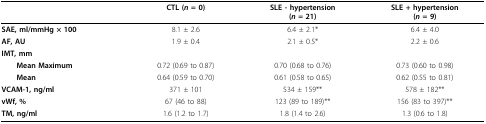
<table><thead><tr><td></td><td><b>CTL (<i>n </i>= 0)</b></td><td><b>SLE - hypertension(<i>n </i>= 21)</b></td><td><b>SLE + hypertension(<i>n </i>= 9)</b></td></tr></thead><tbody><tr><td><b>SAE, ml/mmHg × 100</b></td><td>8.1 ± 2.6</td><td>6.4 ± 2.1*</td><td>6.4 ± 4.0</td></tr><tr><td><b>AF, AU</b></td><td>1.9 ± 0.4</td><td>2.1 ± 0.5*</td><td>2.2 ± 0.6</td></tr><tr><td><b>IMT, mm</b></td><td></td><td></td><td></td></tr><tr><td> <b>Mean Maximum</b></td><td>0.72 (0.69 to 0.87)</td><td>0.70 (0.68 to 0.76)</td><td>0.73 (0.60 to 0.98)</td></tr><tr><td> <b>Mean</b></td><td>0.64 (0.59 to 0.70)</td><td>0.61 (0.58 to 0.65)</td><td>0.62 (0.55 to 0.81)</td></tr><tr><td><b>VCAM-1, ng/ml</b></td><td>371 ± 101</td><td>534 ± 159**</td><td>578 ± 182**</td></tr><tr><td><b>vWf, %</b></td><td>67 (46 to 88)</td><td>123 (89 to 189)**</td><td>156 (83 to 397)**</td></tr><tr><td><b>TM, ng/ml</b></td><td>1.6 (1.2 to 1.7)</td><td>1.8 (1.4 to 2.6)</td><td>1.3 (0.6 to 1.8)</td></tr></tbody></table>